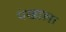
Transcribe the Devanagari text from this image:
पंखाला